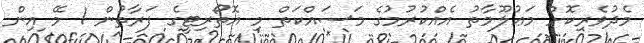
މެދުވެރިކޮށް މަޢުލޫމާތު އެއްކުރުމުގެ މަސައްކަތް މި އޮތޯރިޓީގެ ފަރާތުން 1 މޭ އިން